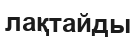
лақтайды